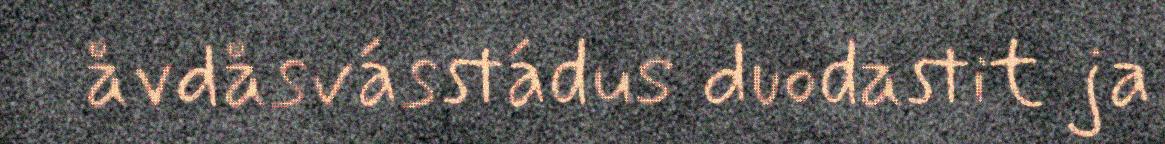
åvdåsvásstádus duodastit ja